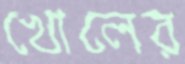
খোলের